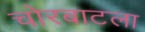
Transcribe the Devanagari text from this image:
चोरबाटला